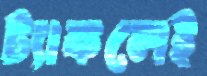
ট্যাকলেই